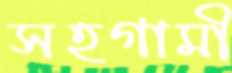
সহগামী